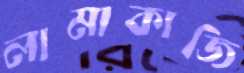
লামাকাজি